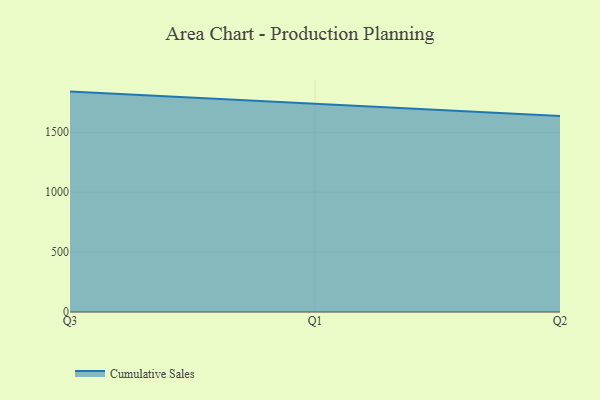
{"axis": {"x": "Quarter", "y": "Website Visitors"}, "legend": ["Cumulative Sales"], "data": [{"x": "Q3", "y": 1838.9, "type": "Cumulative Sales"}, {"x": "Q1", "y": 1735.3, "type": "Cumulative Sales"}, {"x": "Q2", "y": 1635.9, "type": "Cumulative Sales"}]}